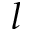
l